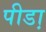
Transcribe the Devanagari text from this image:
पीडा़